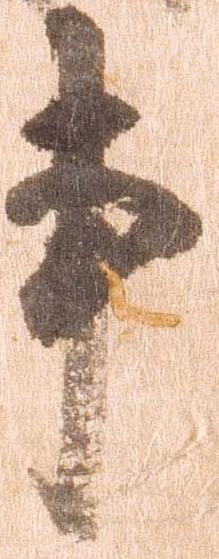
事